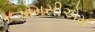
એમસીએમ